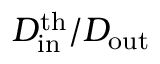
D _ { \mathrm { i n } } ^ { \mathrm { t h } } / D _ { \mathrm { o u t } }